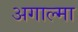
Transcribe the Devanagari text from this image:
अगाल्मा